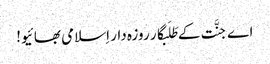
اے جنَّت کے طَلَبگار روزہ دار اِسلامی بھائیو!